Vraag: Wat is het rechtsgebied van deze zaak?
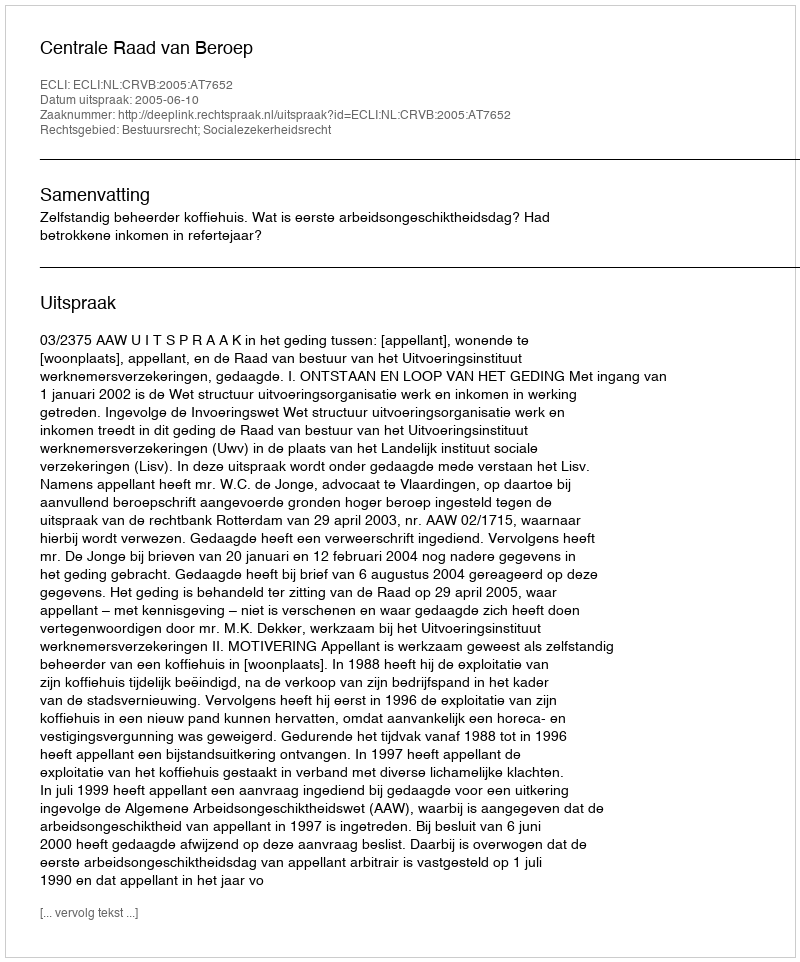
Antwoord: Bestuursrecht; Socialezekerheidsrecht